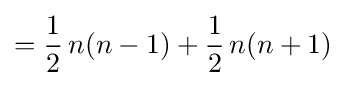
={\frac {1}{2}}\,n(n-1)+{\frac {1}{2}}\,n(n+1)